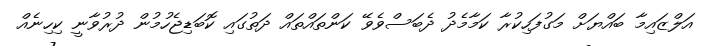
އަލްޒައިމާ ބައްޔަށް މަގުފަހިކުރާ ކަމާމެދު ދެބަސްވެވޭ ކަންތައްތައް ދަތުގައި ކޮބަޑިޖެހުމުން ދުރުވާނީ ކިހިނެއް